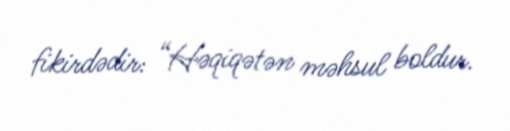
fikirdədir: “Həqiqətən məhsul boldur.